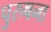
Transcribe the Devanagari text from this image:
पुरुषना